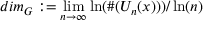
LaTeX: d i m _ { G } : = \operatorname * { l i m } _ { n \to \infty } \ln ( \# ( U _ { n } ( x ) ) ) / \ln ( n )